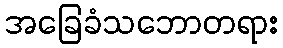
အခြေခံသဘောတရား